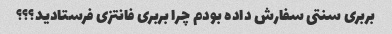
بربری سنتی سفارش داده بودم چرا بربری فانتزی فرستادید؟؟؟